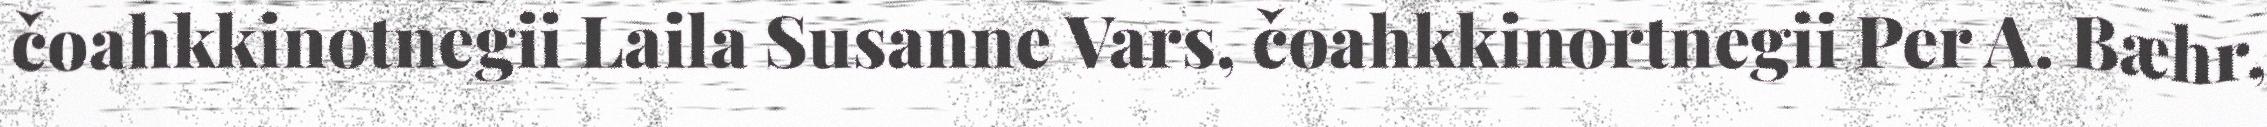
čoahkkinotnegii Laila Susanne Vars, čoahkkinortnegii Per A. Bæhr,